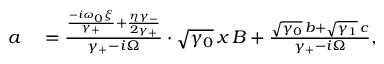
\begin{array} { r l } { a } & { { } = \frac { \frac { - i \omega _ { 0 } \xi } { \gamma _ { + } } + \frac { \eta \gamma _ { - } } { 2 \gamma _ { + } } } { \gamma _ { + } - i \Omega } \cdot \sqrt { \gamma _ { 0 } } \, x \, B + \frac { \sqrt { \gamma _ { 0 } } \, b + \sqrt { \gamma _ { 1 } } \, c } { \gamma _ { + } - i \Omega } , } \end{array}